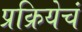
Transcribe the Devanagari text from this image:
प्रक्रियेचं